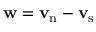
{ \bf w } = { \bf v _ { \mathrm { n } } - v _ { \mathrm { s } } }